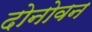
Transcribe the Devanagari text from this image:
दोनोवन